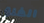
الغلق